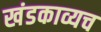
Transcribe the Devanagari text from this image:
खंडकाव्यच